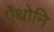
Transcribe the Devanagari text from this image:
ऐंथोनि